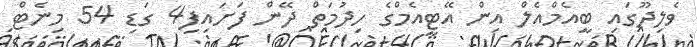
ވެލިދޫގައި ބީއެމްއެލް އިން އޭޓީއެމްގެ ހިދުމަތް ދޭން ފަށައިފި4 ގަޑި 54 މިނެޓް